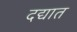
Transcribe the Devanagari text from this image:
दद्यात